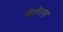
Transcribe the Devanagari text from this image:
विलेज्स